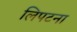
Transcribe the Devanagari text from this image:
लिपटना